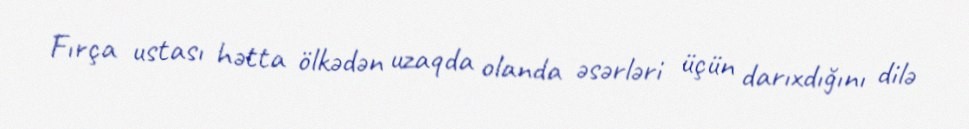
Fırça ustası hətta ölkədən uzaqda olanda əsərləri üçün darıxdığını dilə